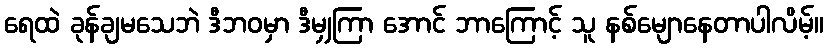
ရေထဲ ခုန်ချမသေဘဲ ဒီဘဝမှာ ဒီမျှကြာ အောင် ဘာကြောင့် သူ နစ်မျောနေတာပါလိမ့်။